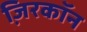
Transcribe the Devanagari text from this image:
जि़रकॉन